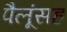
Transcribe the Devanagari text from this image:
पैलूंसह